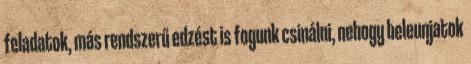
feladatok, más rendszerű edzést is fogunk csinálni, nehogy beleunjatok